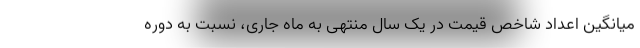
میانگین اعداد شاخص قیمت در یک سال منتهی به ماه جاری، نسبت به دوره